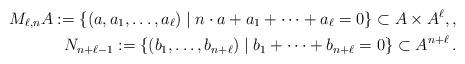
LaTeX: \begin{align*}M_{\ell,n}A :=\{(a,a_1,\dots,a_\ell)\mid n\cdot a+a_1+\dots+a_\ell=0\}\subset A\times A^\ell,,\\N_{n+\ell-1}:=\{(b_1,\dots,b_{n+\ell})\mid b_1+\dots+b_{n+\ell}=0\}\subset A^{n+\ell}\,.\end{align*}